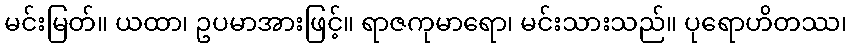
မင်းမြတ်။ ယထာ၊ ဥပမာအားဖြင့်။ ရာဇကုမာရော၊ မင်းသားသည်။ ပုရောဟိတဿ၊